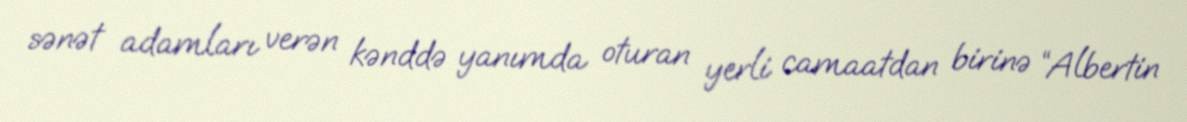
sənət adamları verən kənddə yanımda oturan yerli camaatdan birinə “Albertin